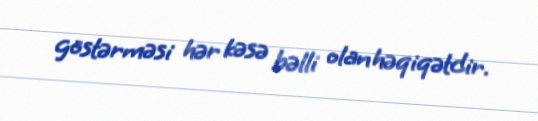
göstərməsi hər kəsə bəlli olan həqiqətdir.